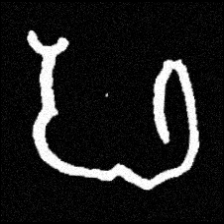
Pyu character \u2014 Myanmar letter: ဖ (romanized: pha)